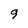
Character: 9